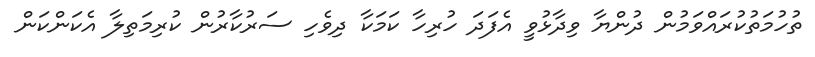
ތުހުމަތުކުރައްވަމުން ދުންޔާ ވިދާޅުވީ އެފަދަ ހުރިހާ ކަމަކާ ދިވެހި ސަރުކާރުން ކުރިމަތިލާ އެކަންކަން